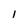
Character: I